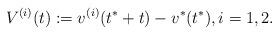
LaTeX: \begin{align*}V^{(i)}(t):=v^{(i)}(t^*+t)-v^*_{}(t^*),i=1,2. \end{align*}